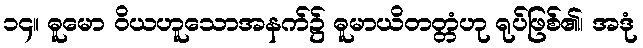
၁၄။ ဓူမော ဝိယဟူသောအနက်၌ ဓူမာယိတတ္တံဟု ရုပ်ဖြစ်၏၊ အဒုံ